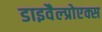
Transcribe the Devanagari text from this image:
डाइवैल्प्रोएक्स